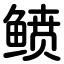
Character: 鲼